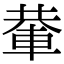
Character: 輂